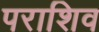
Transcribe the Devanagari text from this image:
पराशिव